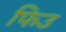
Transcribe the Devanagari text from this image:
फिउ